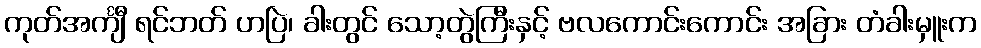
ကုတ်အင်္ကျီ ရင်ဘတ် ဟပြဲ၊ ခါးတွင် သော့တွဲကြီးနှင့် ဗလကောင်းကောင်း အခြား တံခါးမှူးက